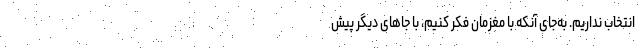
انتخاب نداریم. به‌جای آنکه با مغزمان فکر کنیم، با جاهای دیگر پیش